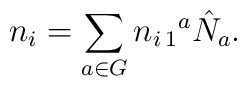
n_{i}=\sum_{a\in G} n_{i\,1}{}^{a}\hat N_{a}.